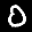
Label: 0